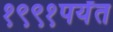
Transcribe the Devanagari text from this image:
१९९१पर्यंत